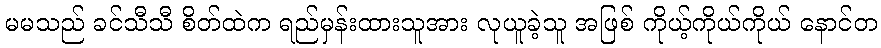
မမသည် ခင်သီသီ စိတ်ထဲက ရည်မှန်းထားသူအား လုယူခဲ့သူ အဖြစ် ကိုယ့်ကိုယ်ကိုယ် နောင်တ